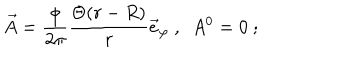
\vec { A } = \frac { \phi } { 2 \pi } \frac { \Theta ( r - R ) } { r } \vec { e } _ { \varphi } \ , \ \ A ^ { 0 } = 0 \ ;